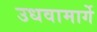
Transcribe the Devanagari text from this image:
उधवामार्गे